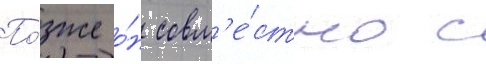
По́зже о́н совм'е́стно с